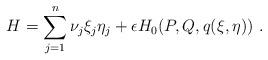
LaTeX: \begin{align*}H=\sum_{j=1}^{n}\nu_j\xi_j\eta_j + {\epsilon}H_0(P,Q,q(\xi,\eta))\ .\end{align*}